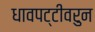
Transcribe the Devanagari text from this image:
धावपट्टीवरुन